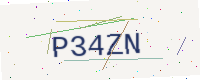
Text: P34ZN